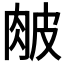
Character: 𦚆